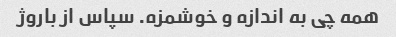
همه چی به اندازه و خوشمزه. سپاس از باروژ